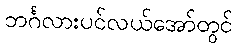
ဘင်္ဂလားပင်လယ်အော်တွင်